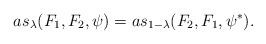
LaTeX: \begin{align*}as_{\lambda}(F_1, F_2, \psi) = as_{1-\lambda}(F_2, F_1, \psi^*).\end{align*}